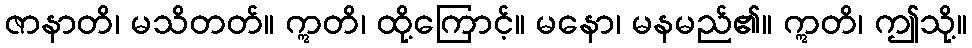
ဇာနာတိ၊ မသိတတ်။ ဣတိ၊ ထို့ကြောင့်။ မနော၊ မနမည်၏။ ဣတိ၊ ဤသို့။